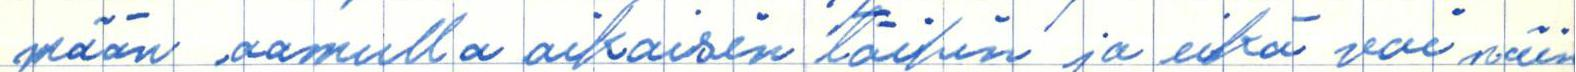
mään aamulla aikaisin töihin ja eikä voi näin